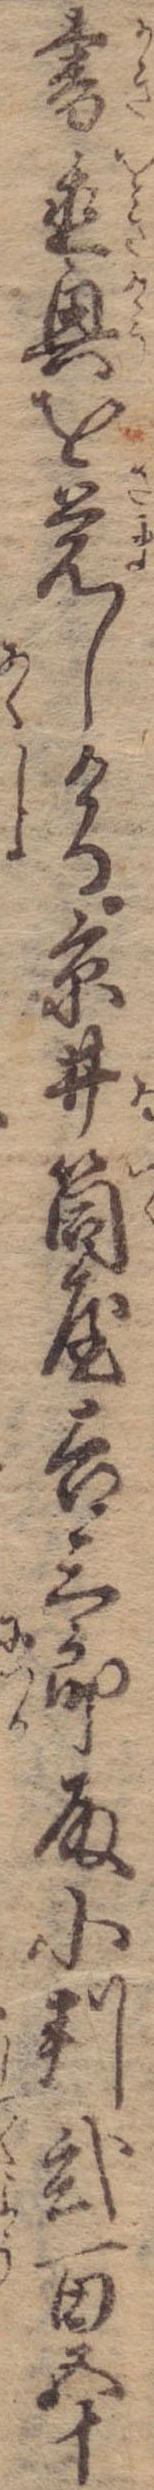
書置興を覚しける京井筒屋吉三郎殿小判弐百五十